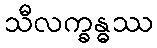
သီလက္ခန္ဓဿ